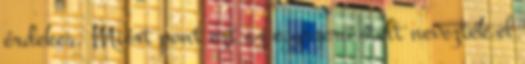
érdekes. Miért pont ezt az egyszerű ételt nevezték el